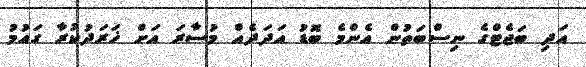
އަދި ބަޖެޓްގެ ނިސްބަތުން އެންމެ ބޮޑު އަދަދެއް މުސާރަ އަށް ޚަރަދުކުރާ ގައުމު